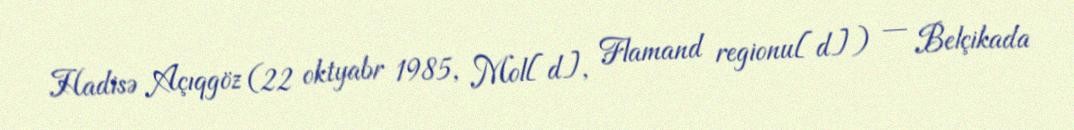
Hadisə Açıqgöz (22 oktyabr 1985, Mol[d], Flamand regionu[d]) — Belçikada